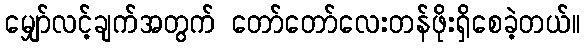
မျှော်လင့်ချက်အတွက် တော်တော်လေးတန်ဖိုးရှိစေခဲ့တယ်။